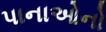
પાનાઓનો